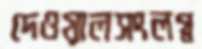
দেওয়ালসংলগ্ন